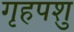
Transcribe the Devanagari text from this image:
गृहपशु